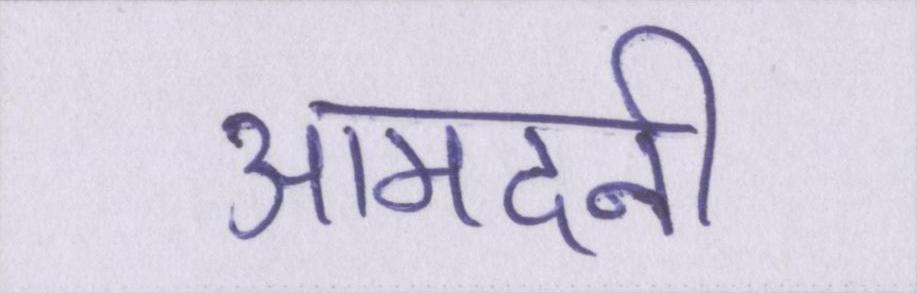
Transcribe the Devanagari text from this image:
आमदनी